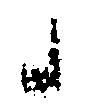
候